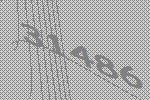
31486